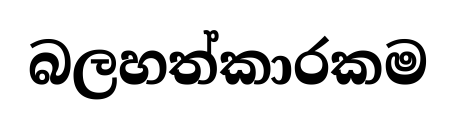
බලහත්කාරකම